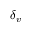
\delta _ { v }